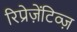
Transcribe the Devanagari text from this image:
रिप्रेज़ेंटिव्ज़